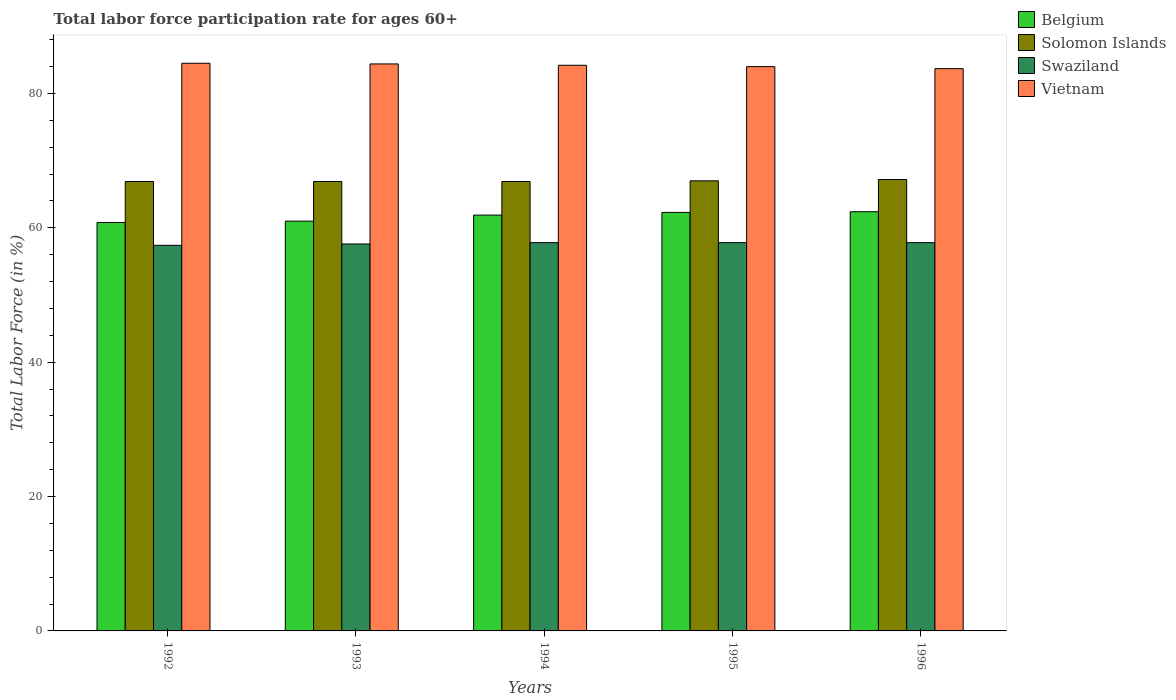
| Years | Belgium | Solomon Islands | Swaziland | Vietnam |
 | --- | --- | --- | --- | --- |
 | 1992 | 60.8 | 66.9 | 57.4 | 84.5 |
 | 1993 | 61 | 66.9 | 57.6 | 84.4 |
 | 1994 | 61.9 | 66.9 | 57.8 | 84.2 |
 | 1995 | 62.3 | 67 | 57.8 | 84 |
 | 1996 | 62.4 | 67.2 | 57.8 | 83.7 |